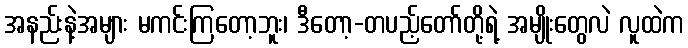
အနည်းနဲ့အများ မကင်းကြတော့ဘူး၊ ဒီတော့-တပည့်တော်တို့ရဲ့ အမျိုးတွေလဲ လူထဲက